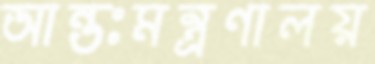
আন্তঃমন্ত্রণালয়